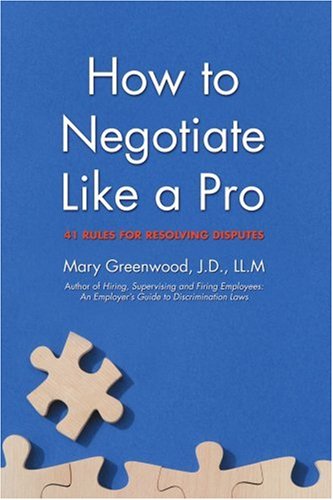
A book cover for How to Negotiate Like a Pro: 41 Rules for Resolving Disputes; Mary Greenwood; Law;